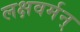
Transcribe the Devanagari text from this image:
लक्षवर्मन्‌